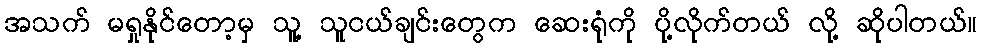
အသက် မရှုနိုင်တော့မှ သူ့ သူငယ်ချင်းတွေက ဆေးရုံကို ပို့လိုက်တယ် လို့ ဆိုပါတယ်။